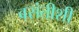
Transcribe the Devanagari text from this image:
बसंतीशी